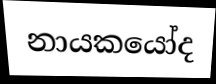
නායකයෝද